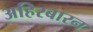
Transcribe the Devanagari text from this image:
अहिरबारन